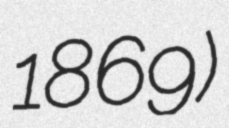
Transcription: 1869)